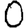
Digit: 0